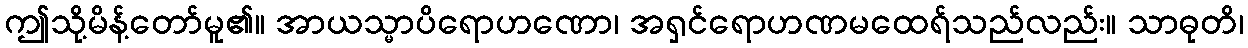
ဤသို့မိန့်တော်မူ၏။ အာယသ္မာပိရောဟဏော၊ အရှင်ရောဟဏမထေရ်သည်လည်း။ သာဓုတိ၊